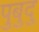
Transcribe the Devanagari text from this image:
पुबुदु